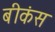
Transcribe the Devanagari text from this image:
बीकंस